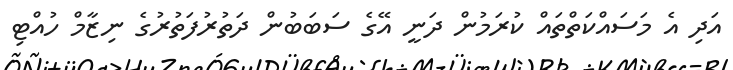
އަދި އެ މަސައްކަތްތައް ކުރަމުން ދަނީ އޭގެ ސަބަބުން ދަތުރުފަތުރުގެ ނިޒާމް ހުއްޓި